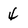
Character: 4